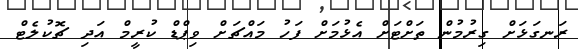
ރަނގަޅަށް ގިރުމުން ތަށްޓަށް އެޅުމަށް ފަހު މައްޗަށް ވިޕްޑް ކުރީމް އަދި ޗޮކުލެޓް